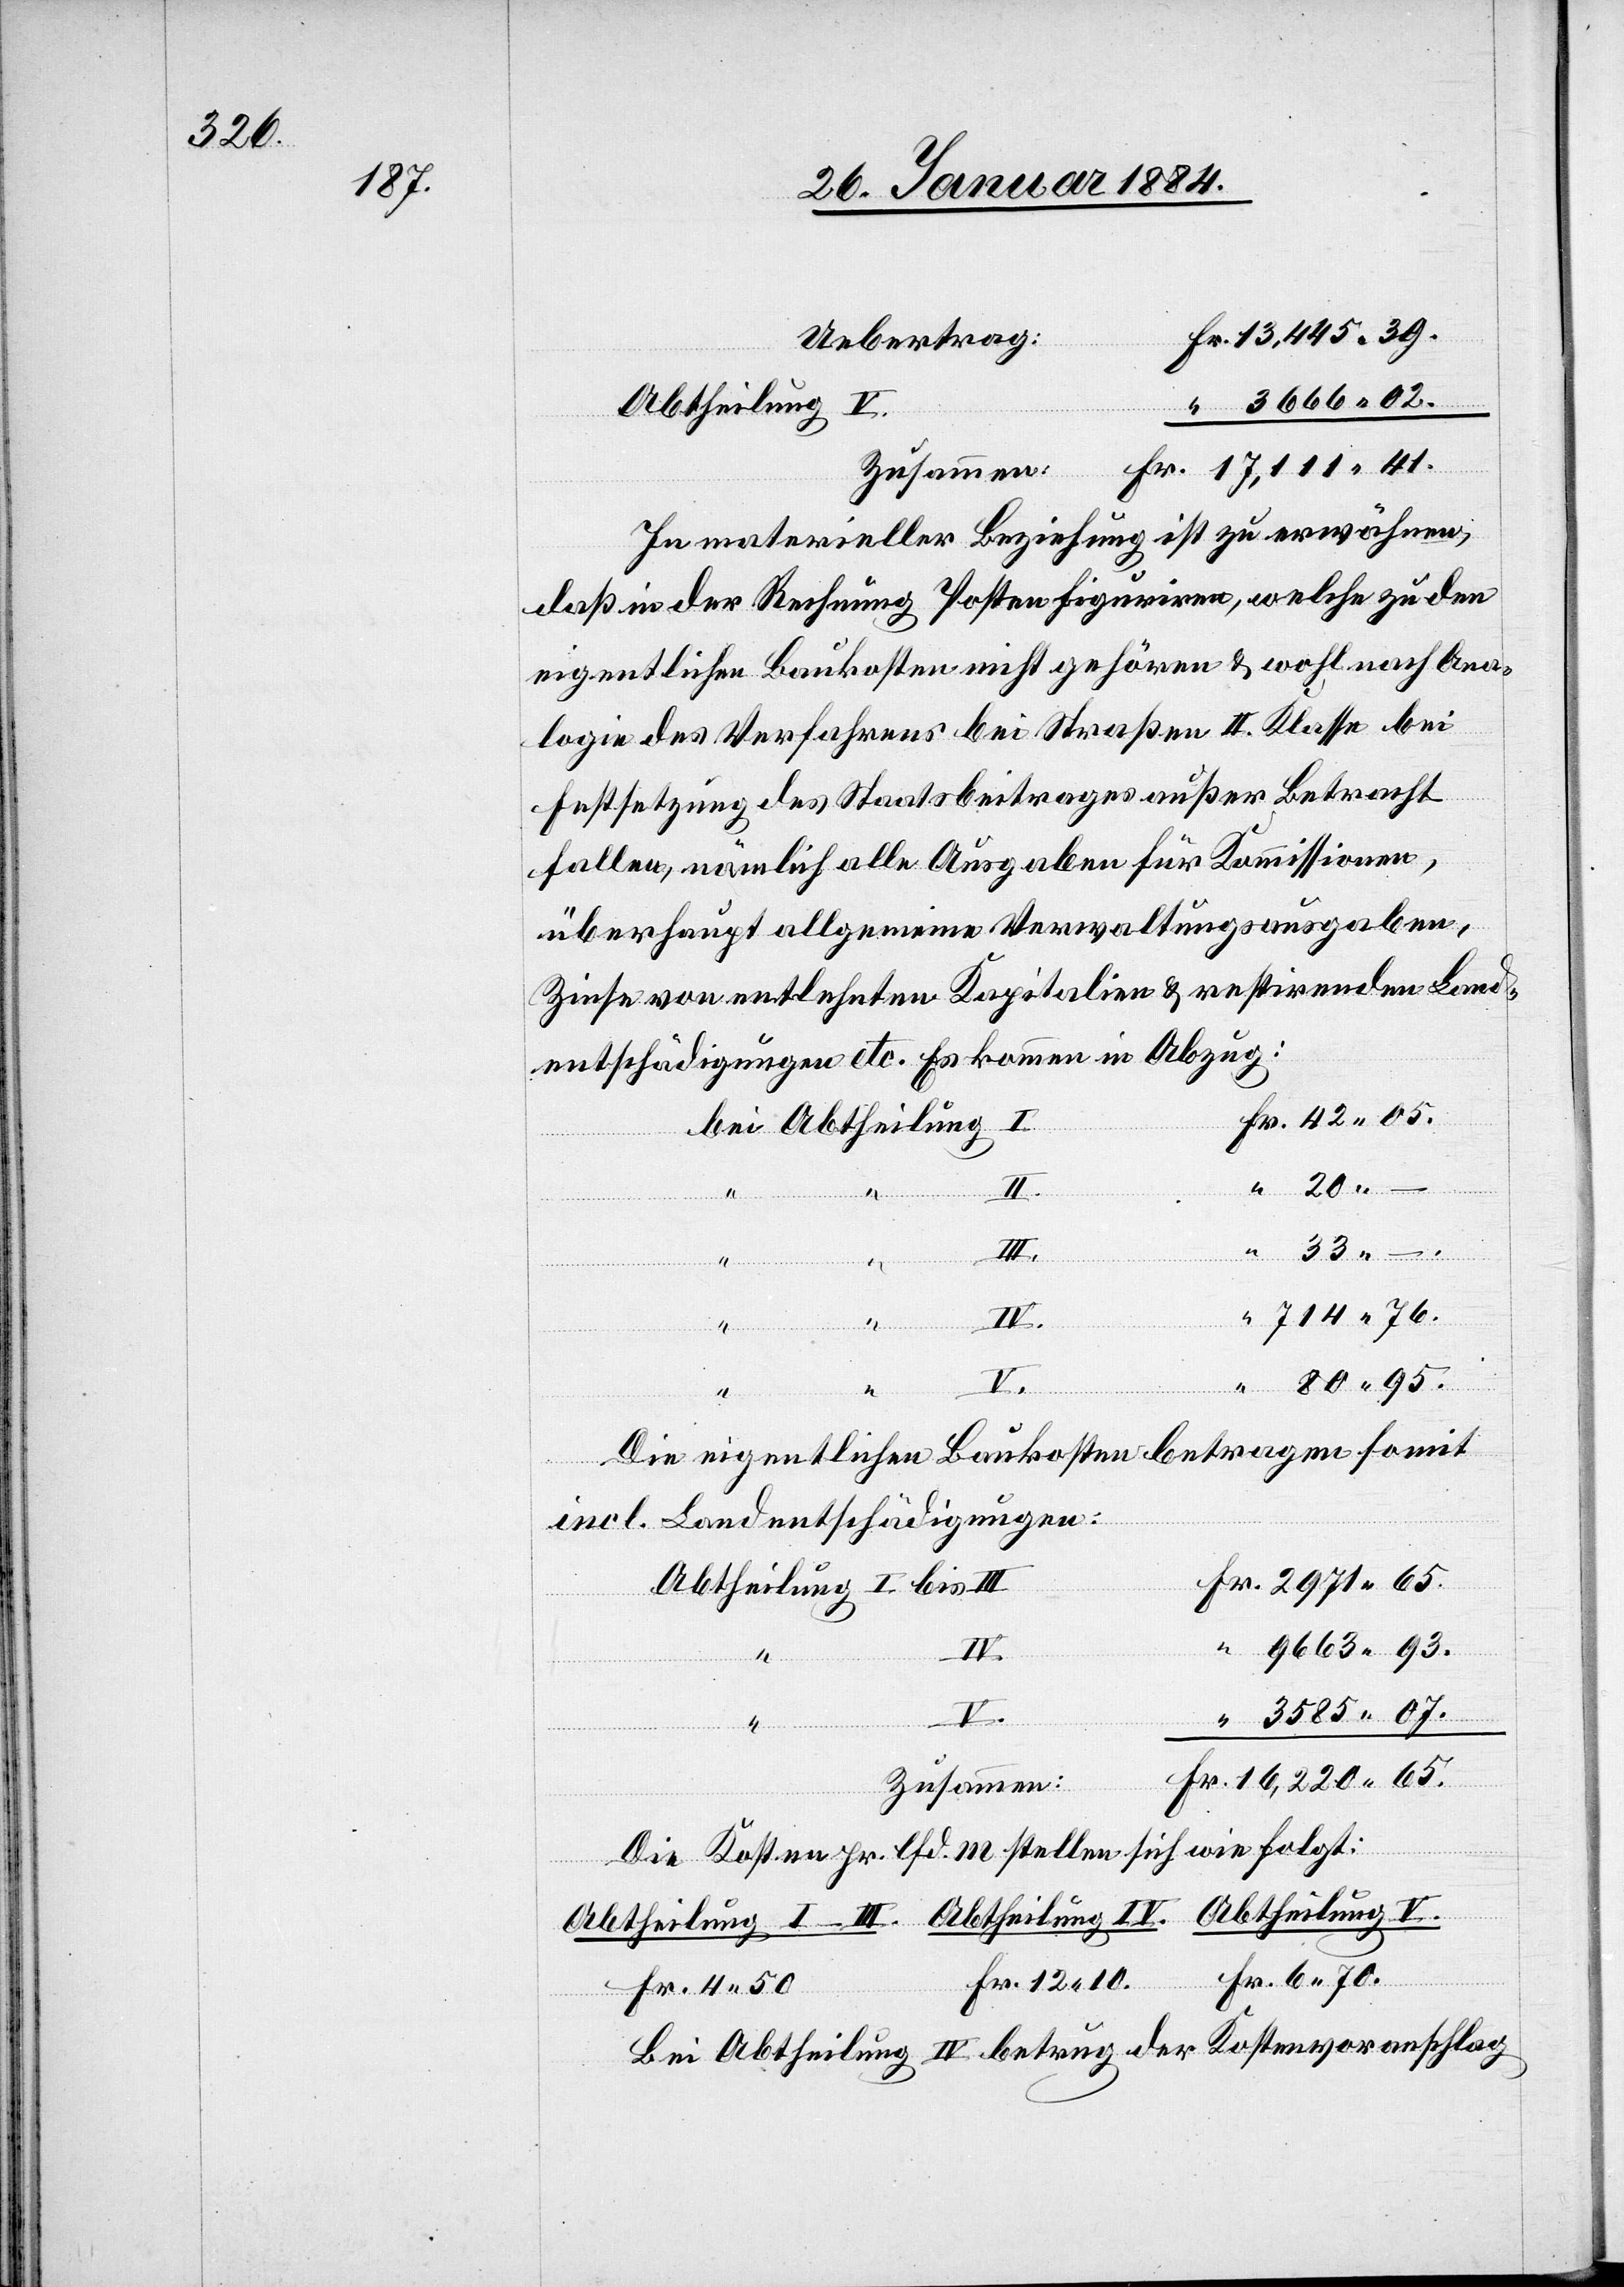
3585

Abtheilung V.
In materieller Beziehung ist zu erwähnen,
daß in der Rechnung Posten figuriren, welche zu den
eigentlichen Baukosten nicht gehören & wohl nach Ana¬
logie des Verfahrens bei Straßen II. Klasse bei
Festsetzung des Staatsbeitrages außer Betracht
fallen, nämlich alle Ausgaben für Kommissionen,
überhaupt allgemeine Verwaltungsausgaben,
Zinse von entlehnten Kapitalien & restirende Land¬
entschädigungen etc. Es kommen in Abzug:
02.
IV.
–.
II.
Baukosten betragen somit
Die eigentlichen
incl. Landentschädigungen:
41.
I.
Fr.
42
65.
Zusammen
Die Kosten pr. lfd. m stellen sich wie folgt:
bis
Abtheilung I–I¬
Fr. 6 70.
Fr. 12 10.
Fr. 4 50.
Bei Abtheilung IV betrug der Kostenvoranschlag